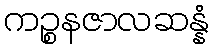
ကဉ္စနဇာလဆန္နံ